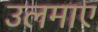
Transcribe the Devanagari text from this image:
उलमाए